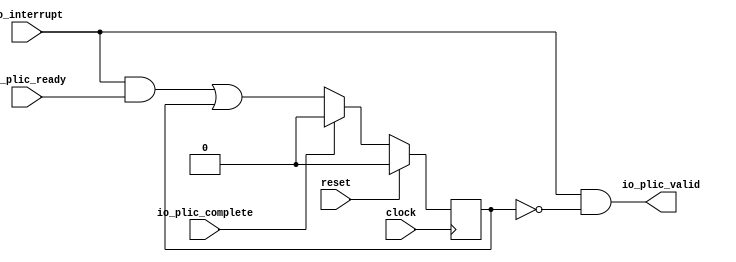
module LevelGateway(
  input   clock,
  input   reset,
  input   io_interrupt,
  output  io_plic_valid,
  input   io_plic_ready,
  input   io_plic_complete
);
`ifdef RANDOMIZE_REG_INIT
  reg [31:0] _RAND_0;
`endif // RANDOMIZE_REG_INIT
  reg  inFlight; // @[Plic.scala 33:21]
  wire  _GEN_0 = io_interrupt & io_plic_ready | inFlight; // @[Plic.scala 33:21 34:{40,51}]
  assign io_plic_valid = io_interrupt & ~inFlight; // @[Plic.scala 36:33]
  always @(posedge clock) begin
    if (reset) begin // @[Plic.scala 33:21]
      inFlight <= 1'h0; // @[Plic.scala 33:21]
    end else if (io_plic_complete) begin // @[Plic.scala 35:27]
      inFlight <= 1'h0; // @[Plic.scala 35:38]
    end else begin
      inFlight <= _GEN_0;
    end
  end
// Register and memory initialization
`ifdef RANDOMIZE_GARBAGE_ASSIGN
`define RANDOMIZE
`endif
`ifdef RANDOMIZE_INVALID_ASSIGN
`define RANDOMIZE
`endif
`ifdef RANDOMIZE_REG_INIT
`define RANDOMIZE
`endif
`ifdef RANDOMIZE_MEM_INIT
`define RANDOMIZE
`endif
`ifndef RANDOM
`define RANDOM $random
`endif
`ifdef RANDOMIZE_MEM_INIT
  integer initvar;
`endif
`ifndef SYNTHESIS
`ifdef FIRRTL_BEFORE_INITIAL
`FIRRTL_BEFORE_INITIAL
`endif
initial begin
  `ifdef RANDOMIZE
    `ifdef INIT_RANDOM
      `INIT_RANDOM
    `endif
    `ifndef VERILATOR
      `ifdef RANDOMIZE_DELAY
        #`RANDOMIZE_DELAY begin end
      `else
        #0.002 begin end
      `endif
    `endif
`ifdef RANDOMIZE_REG_INIT
  _RAND_0 = {1{`RANDOM}};
  inFlight = _RAND_0[0:0];
`endif // RANDOMIZE_REG_INIT
  `endif // RANDOMIZE
end // initial
`ifdef FIRRTL_AFTER_INITIAL
`FIRRTL_AFTER_INITIAL
`endif
`endif // SYNTHESIS
endmodule